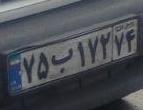
۷۵ب۱۷۲۷۴